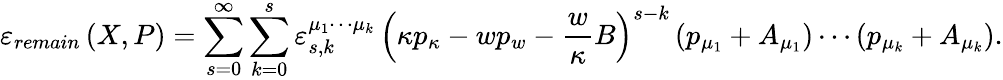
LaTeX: \varepsilon_{remain}\left(X,P\right)=\sum_{s=0}^{\infty}\sum_{k=0}^{s}\varepsilon_{s,k}^{\mu_{1}\cdots\mu_{k}}\, \left(\kappa p_{\kappa}-wp_{w}-\frac{w}{\kappa}B\right)^{s-k}\, (p_{\mu_{1}}+A_{\mu_{1}})\cdots(p_{\mu_{k}}+A_{\mu_{k}}).